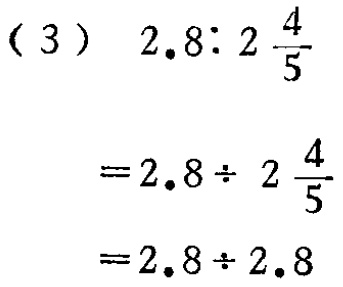
（3）\(2.8:2\frac{4}{5}\)

\(=2.8\div 2\frac{4}{5}\)

\(=2.8\div 2.8\)